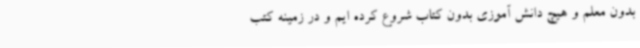
بدون معلم و هیچ دانش آموزی بدون کتاب شروع کرده ایم و در زمینه کتب